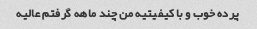
پرده خوب و با کیفیتیه من چند ماهه گرفتم عالیه